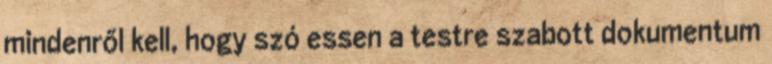
mindenről kell, hogy szó essen a testre szabott dokumentum